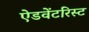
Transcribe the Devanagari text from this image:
ऐडवेंटरिस्ट